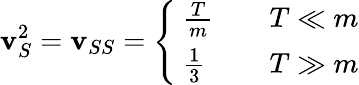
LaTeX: \mathbf{v}_{S}^{2}=\mathbf{v}_{SS}=\left\{ \ \begin{array}{ll}{{\frac Tm}}&{{\quad T\ll m}}\\ {{\frac 13}}&{{\quad T\gg m}}\end{array}\right.